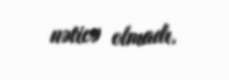
nəticə olmadı.